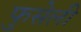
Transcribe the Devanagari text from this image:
फुसेली